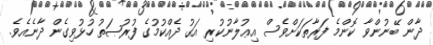
ދާން ބޭނުންވާ ކޮންމެ ފަރާތަކަށްވެސް އިޢުލާނުކުރި އަގު ދެއްކުމުގެ ފުރުޞަތު ހުޅުވިގެން ދާނެއެވެ.